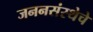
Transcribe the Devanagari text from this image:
जननसंस्थेचे